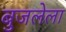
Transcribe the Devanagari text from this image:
बुजलेला